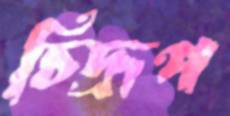
চিদ্রূপ